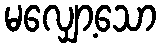
မလျှော့သော